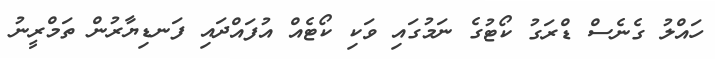
ހައްލު ގެނެސް ޑްރަގު ކޯޓުގެ ނަމުގައި ވަކި ކޯޓެއް އުފައްދައި ފަނޑިޔާރުން ތަމްރީނު